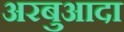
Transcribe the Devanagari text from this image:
अरबुआदा